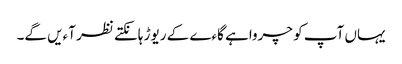
یہاں آپ کو چرواہے گاءے کے ریوڑ ہانکتے نظر آءیں گے۔